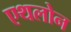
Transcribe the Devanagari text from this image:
एथलोन